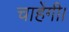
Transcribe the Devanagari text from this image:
चाहेंगी।